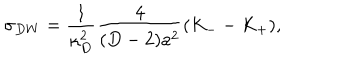
\sigma _ { D W } = { \frac { 1 } { \kappa _ { D } ^ { 2 } } } { \frac { 4 } { ( D - 2 ) a ^ { 2 } } } ( K _ { -- } K _ { + } ) ,